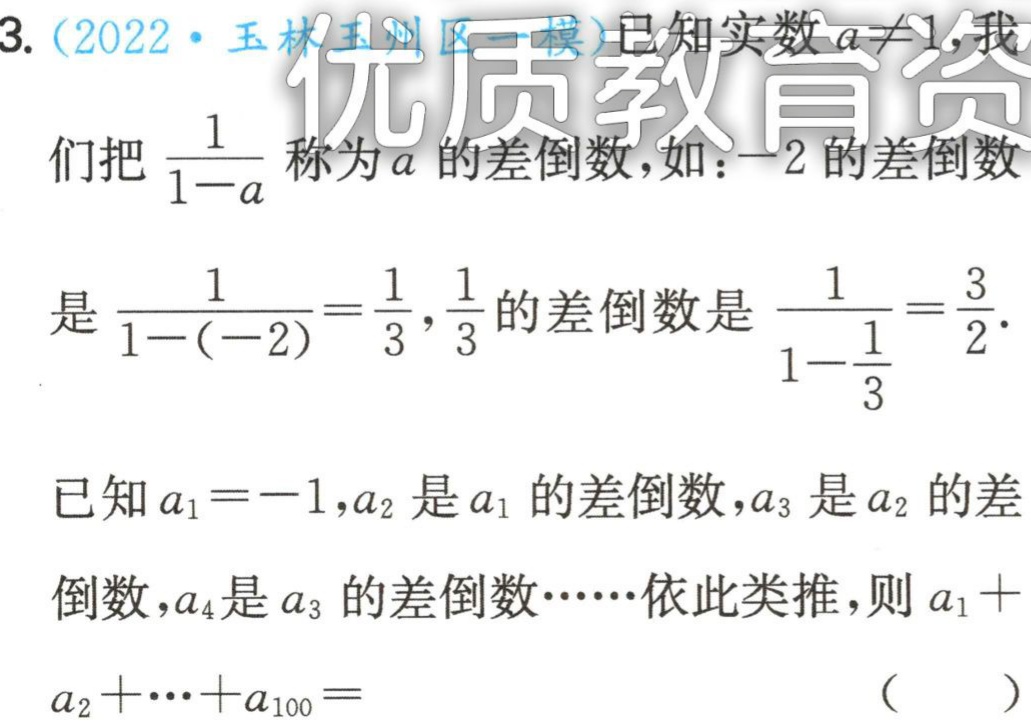
3.（2022·玉林玉州区一模）已知实数\(a\neq1\)，我们把\(\frac{1}{1 - a}\)称为\(a\)的差倒数，如：\(-2\)的差倒数是\(\frac{1}{1 - (-2)}=\frac{1}{3}\)，\(\frac{1}{3}\)的差倒数是\(\frac{1}{1 - \frac{1}{3}}=\frac{3}{2}\).
已知\(a_1 = -1\)，\(a_2\)是\(a_1\)的差倒数，\(a_3\)是\(a_2\)的差倒数，\(a_4\)是\(a_3\)的差倒数……依此类推，则\(a_1 + a_2 + \cdots + a_{100} =\)（  ）